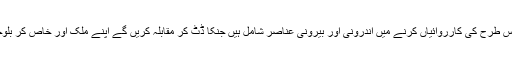
انہوں نے کہا کہ بلوچستان میں اس طرح کی کارروائیاں کرنے میں اندرونی اور بیرونی عناصر شامل ہیں جنکا ڈٹ کر مقابلہ کریں گے اپنے ملک اور خاص کر بلوچستان کو آنچ نہیں آنے دیں گے ۔